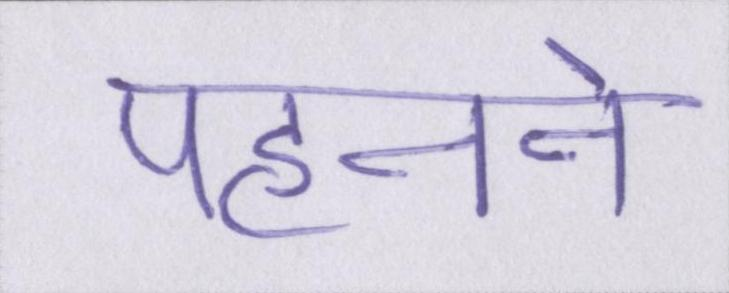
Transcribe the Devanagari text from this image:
पहनने